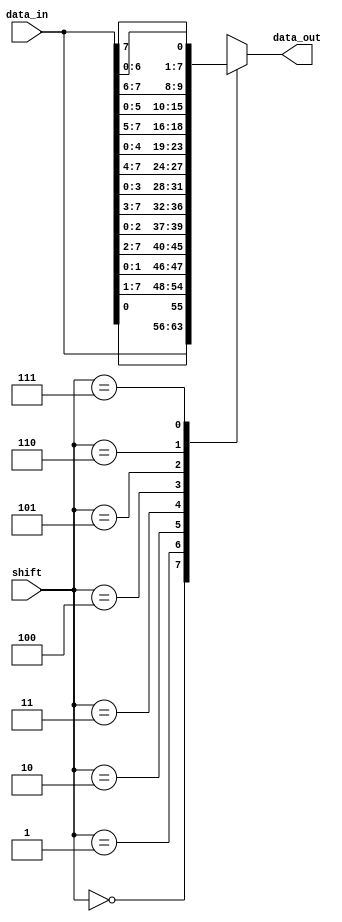
`timescale 1ns / 1ps
//Q3a (using case statement and shifting right)
module barrelshifter(
    output reg [7:0] data_out,  //Data Output (8bits)
    input [7:0] data_in,    //Data Input (8bits)
    input [2:0] shift      //Shift control
    );
    
    always @(*)
    begin
        case(shift)
        3'b000: data_out = data_in;
        3'b001: data_out = {data_in[0],data_in[7:1]};
        3'b010: data_out = {data_in[1:0],data_in[7:2]};
        3'b011: data_out = {data_in[2:0],data_in[7:3]};
        3'b100: data_out = {data_in[3:0],data_in[7:4]};
        3'b101: data_out = {data_in[4:0],data_in[7:5]};
        3'b110: data_out = {data_in[5:0],data_in[7:6]};
        3'b111: data_out = {data_in[6:0],data_in[7]};
        endcase
    end
endmodule